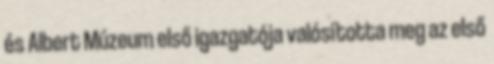
és Albert Múzeum első igazgatója valósította meg az első